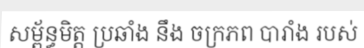
សម្ព័ន្ធមិត្ត ប្រឆាំង នឹង ចក្រភព បារាំង របស់